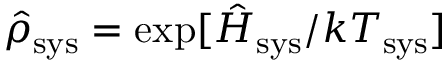
\hat { \rho } _ { \mathrm { s y s } } = \exp [ \hat { H } _ { \mathrm { s y s } } / k T _ { \mathrm { s y s } } ]